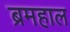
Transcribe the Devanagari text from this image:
ब्रमहाल